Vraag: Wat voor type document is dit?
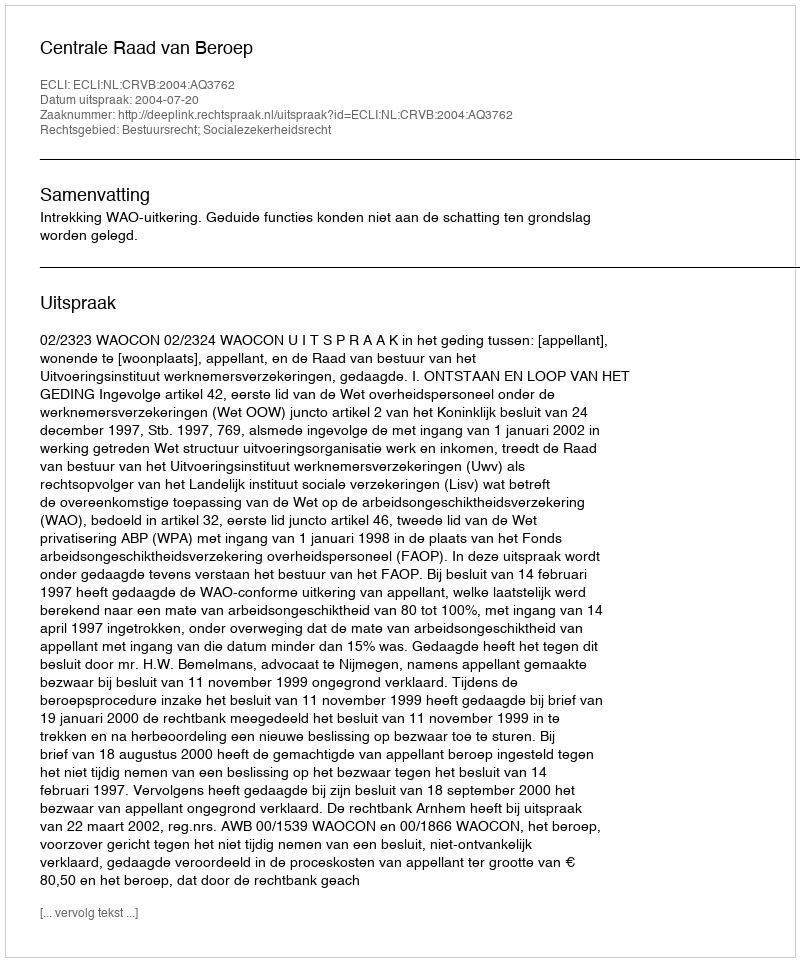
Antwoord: Uitspraak